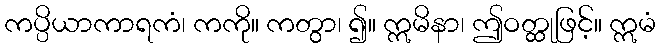
ကပ္ပိယာကာရကံ၊ ကကို။ ကတွာ၊ ၍။ ဣမိနာ၊ ဤဝတ္ထုဖြင့်။ ဣမံ